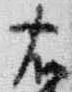
右